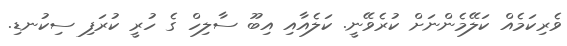
ވެރިކަމެއް ކަލޭމެންނަށް ކުރެވޭނީ. ކަލެއާއި އިބޫ ސާލިހް ގެ ހުރީ ކުރަފި ސިކުނޑި.